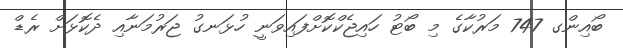
ބޯއިންގ 747 މަރުކާގެ މި ބޯޓު ހައިޖެކްކޮށްފައިވަނީ ހުޅަނގު ޖަރުމަނާއި ދެކޮޅަށް ރެޑް